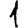
Digit: 1